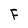
Character: F